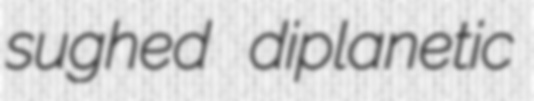
sughed diplanetic